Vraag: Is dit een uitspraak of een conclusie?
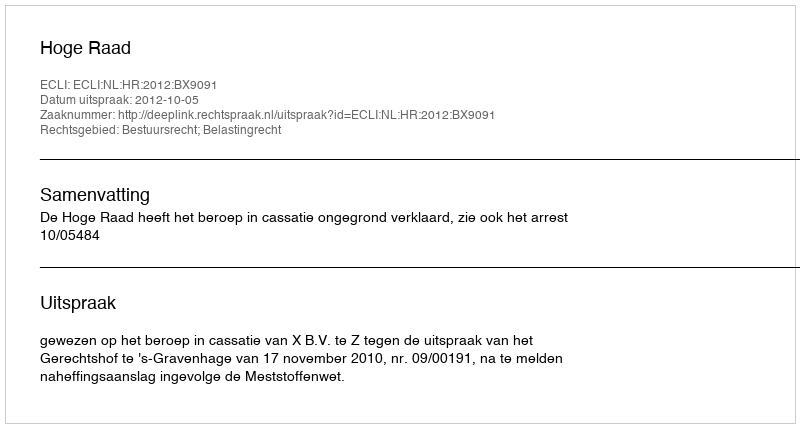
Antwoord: Uitspraak